Scottish Certificate of Education, 1963
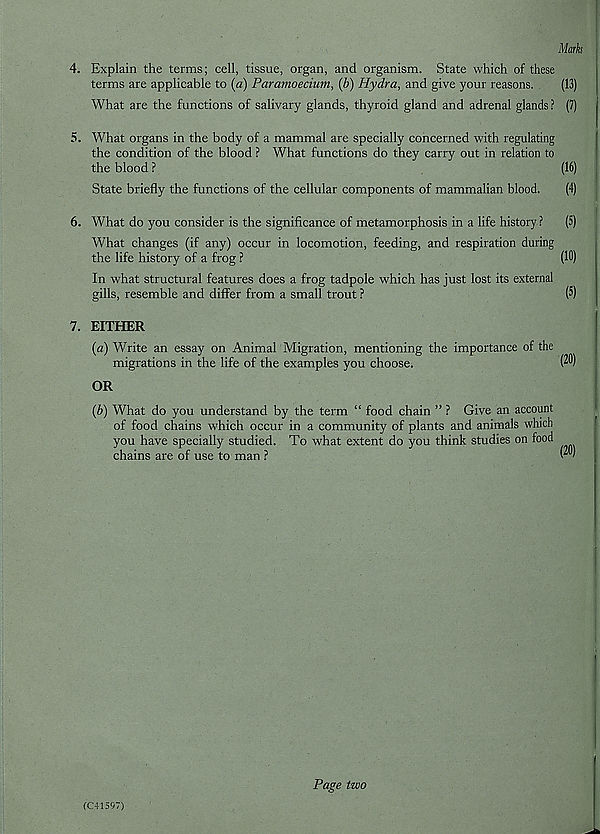
Marks
4. Explain the terms; cell, tissue, organ, and organism. State which of these
terms are applicable to (a) Paramoecium, (b) Hydra, and give your reasons.
(13)
What are the functions of salivary glands, thyroid gland and adrenal glands ? (7)
5. What organs in the body of a mammal are specially concerned with regulating
the condition of the blood ? What functions do they carry out in relation to
the blood ?
(16)
State briefly the functions of the cellular components of mammalian blood.
(4)
6. What do you consider is the significance of metamorphosis in a life history ?
(5)
What changes (if any) occur in locomotion, feeding, and respiration during
the life history of a frog ?
(10)
In what structural features does a frog tadpole which has just lost its external
gills, resemble and differ from a small trout ?
(5)
7. EITHER
{a) Write an essay on Animal Migration, mentioning the importance of the
migrations in the life of the examples you choose.
p0)
OR
(b) What do you understand by the term “ food chain ” ? Give an account
of food chains which occur in a community of plants and animals which
you have specially studied. To what extent do you think studies on food
chains are of use to man ?
W
(C41557)
Page two